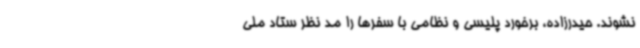
نشوند. حیدرزاده، برخورد پلیسی و نظامی با سفرها را مد نظر ستاد ملی